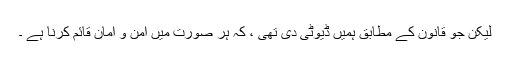
لیکن جو قانون کے مطابق ہمیں ڈیوٹی دی تھی ، کہ ہر صورت میں امن و امان قائم کرنا ہے ۔